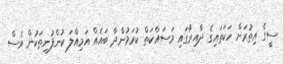
ސީގެ އިތުރަށް ހަކަތައިގެ ދާއިރާގައި މަސައްކަތް ކުރަމުންދާ ބައެއް އަމިއްލަ ކުންފުނިތަކުން ވެސް